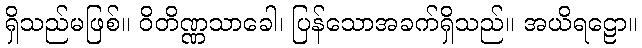
ရှိသည်မဖြစ်။ ဝိတိဏ္ဏသာခေါ၊ ပြန်သောအခက်ရှိသည်။ အယိရဠော။